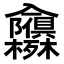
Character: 𭁃